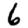
Digit: 6